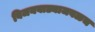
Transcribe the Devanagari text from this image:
विजयवाड्याजवळच